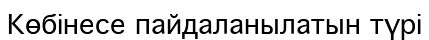
Көбінесе пайдаланылатын түрі